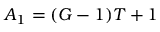
A _ { 1 } = ( G - 1 ) T + 1